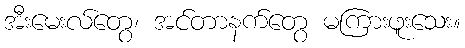
အီးမေးလ်တွေ၊ အင်တာနက်တွေ မကြားဖူးသေး။